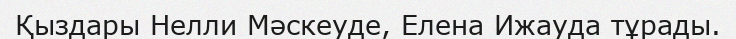
Қыздары Нелли Мәскеуде, Елена Ижауда тұрады.